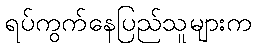
ရပ်ကွက်နေပြည်သူများက